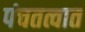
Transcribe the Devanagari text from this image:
पंचतत्वात